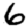
Digit: 6